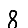
Digit: 8